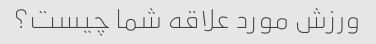
ورزش مورد علاقه شما چیست؟